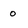
Character: 0